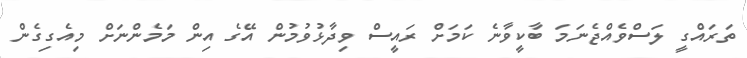
ތަރައްގީ ލަސްވެއްޖެނަމަ ބާކީވާނެ ކަމަށް ރައީސް ވިދާޅުވުމުން އޭގެ އިން މަމެންނަށް މިއެގިގެން